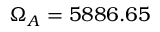
\Omega _ { A } = 5 8 8 6 . 6 5